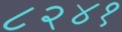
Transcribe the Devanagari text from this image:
८२४१